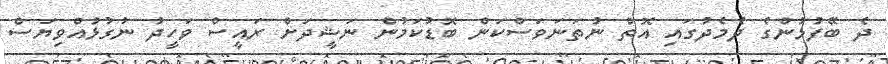
ދެ ބޭފުޅުންގެ ދެމެދުގައި އޮތް ނުތަނަވަސްކަން ބޮޑުކަމުން ނަޝީދަށް ރައީސް ވަހީދު ނުގުޅުއްވިޔަސް